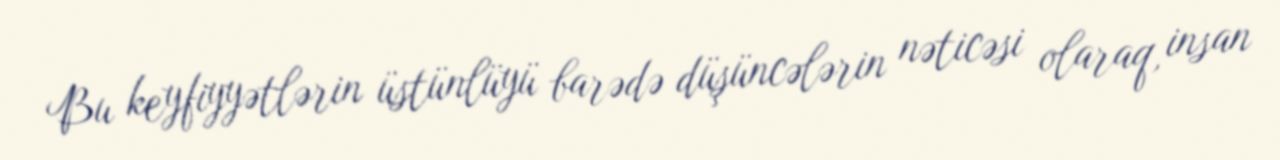
Bu keyfiyyətlərin üstünlüyü barədə düşüncələrin nəticəsi olaraq, insan